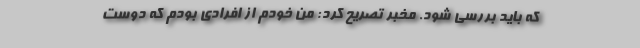
که باید بررسی شود. مخبر تصریح کرد: من خودم از افرادی بودم که دوست